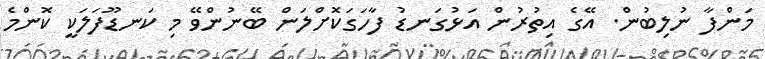
މަންފާ ނުލިބުން. އޭގެ އިތުރުން އަޅުގަނޑު ފާހަގަކޮށްލަން ބޭނުންވޭ މި ކަނޑޫފަލަކީ ކޮންމެ